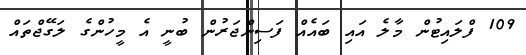
109 ފްލައިޓުން މާލެ އައި ބައެއް ފަސިންޖަރުން ބުނީ އެ މީހުންގެ ލަގޭޖްތައް